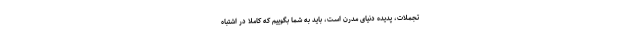
تجملات، پدیده دنیای مدرن است، باید به شما بگوییم که کاملا در اشتباه